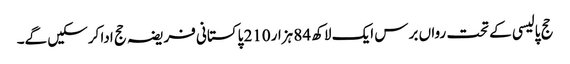
حج پالیسی کے تحت رواں برس ایک لاکھ 84 ہزار210 پاکستانی فریضہ حج ادا کرسکیں گے۔